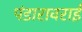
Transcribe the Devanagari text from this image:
पंडारावराई